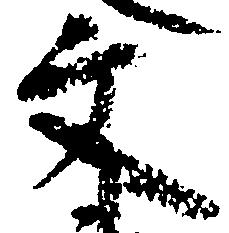
文